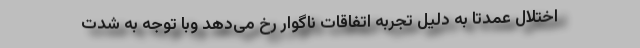
اختلال عمدتا به دلیل تجربه اتفاقات ناگوار رخ می‌دهد وبا توجه به شدت